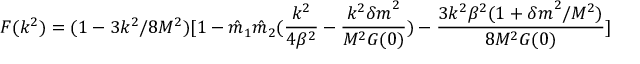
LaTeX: F ( k ^ { 2 } ) = ( 1 - 3 k ^ { 2 } / 8 M ^ { 2 } ) [ 1 - { \hat { m } } _ { 1 } { \hat { m } } _ { 2 } ( { \frac { k ^ { 2 } } { 4 \beta ^ { 2 } } } - { \frac { k ^ { 2 } { \delta m } ^ { 2 } } { M ^ { 2 } G ( 0 ) } } ) - { \frac { 3 k ^ { 2 } \beta ^ { 2 } ( 1 + { \delta m } ^ { 2 } / M ^ { 2 } ) } { 8 M ^ { 2 } G ( 0 ) } } ]